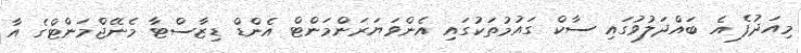
މިއަދުފެ އެ ބައްދަލުވުގައި ސާކް ގައުމުތަކުގައި އެންވަޔަރަންމަންޓް އެންޑް ޑިޒާސްޓާ މެނޭޖްމަންޓްގެ އާ